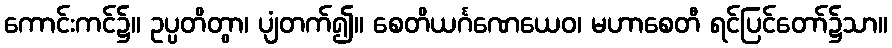
ကောင်းကင်၌။ ဥပ္ပတိတွာ၊ ပျံတက်၍။ စေတိယင်္ဂဏေယေဝ၊ မဟာစေတီ ရင်ပြင်တော်၌သာ။